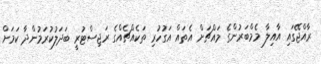
ރާއްޖޭގައި އާއިލާ މެމްބަރުންގެ މައްޗަށް އެތައް އަގުހުރި ތަކެއްޗެއްގެ ރަޖިސްޓުރީ ބަދަލުކުރަމުންދާ ކަމަށް